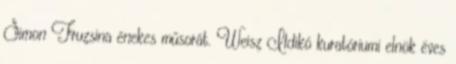
Simon Fruzsina énekes műsorát. Weisz Ildikó kuratóriumi elnök éves